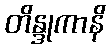
တိန္ဒုကာနိ